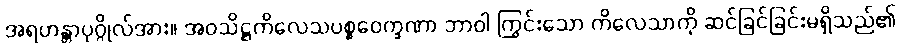
အရဟန္တာပုဂ္ဂိုလ်အား။ အဝသိဋ္ဌကိလေသပစ္စဝေက္ခဏာ ဘာဝါ ကြွင်းသော ကိလေသာကို ဆင်ခြင်ခြင်းမရှိသည်၏